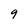
Character: 9